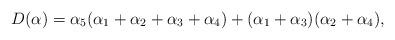
LaTeX: \begin{align*}D(\alpha)=\alpha_5(\alpha_1+\alpha_2+\alpha_3+\alpha_4)+ (\alpha_1+\alpha_3)(\alpha_2+\alpha_4),\end{align*}